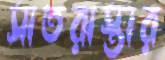
সাতরাস্তার